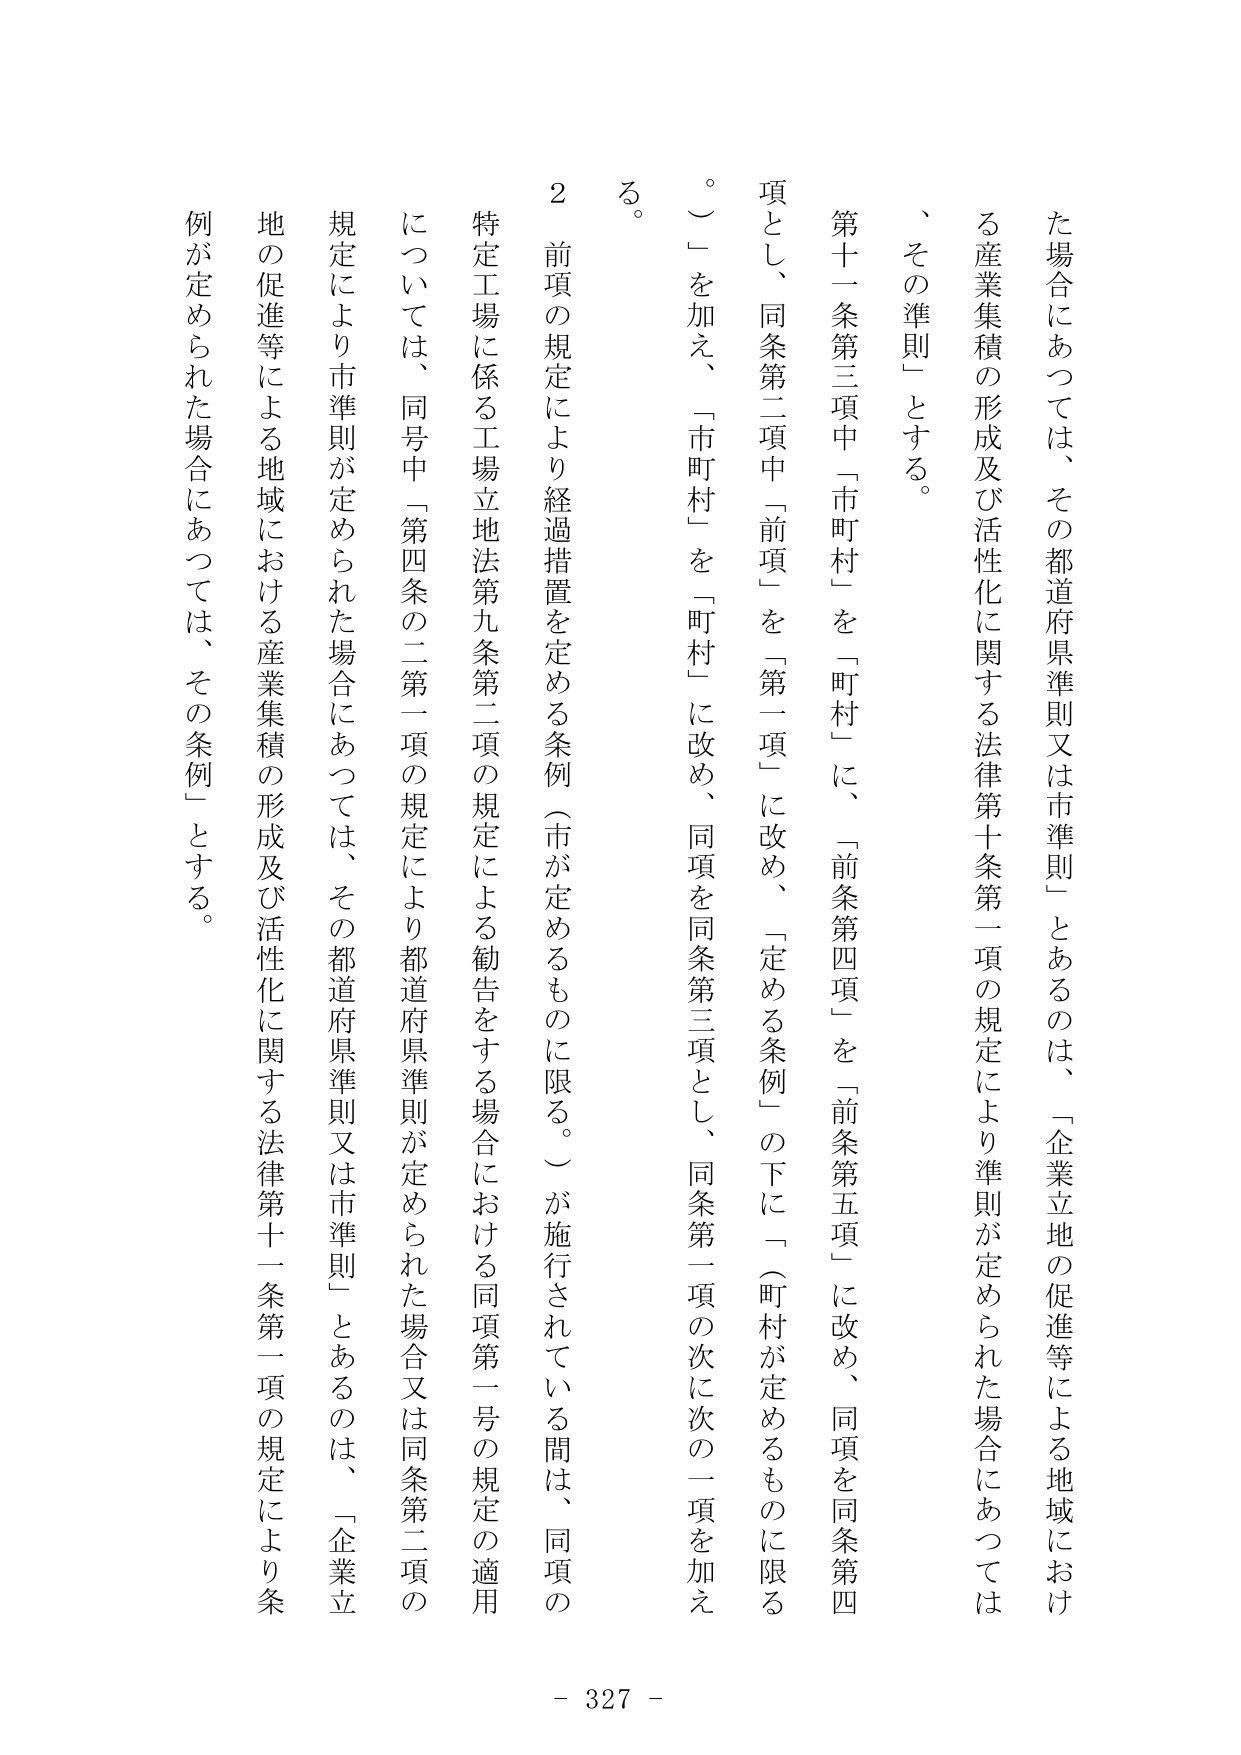
た場合にあつては、その都道府県準則又は市準則」とあるのは、「企業立地の促進等による地域におけ
る産業集積の形成及び活性化に関する法律第十条第一項の規定により準則が定められた場合にあつては
、その準則」とする。
第十一条第三項中「市町村」を「町村」に、「前条第四項」を「前条第五項」に改め、同項を同条第四
項とし、同条第二項中「前項」を「第一項」に改め、「定める条例」の下に「（町村が定めるものに限る
。）」を加え、「市町村」を「町村」に改め、同項を同条第三項とし、同条第一項の次に次の一項を加え
る。
２ 前項の規定により経過措置を定める条例（市が定めるものに限る。）が施行されている間は、同項の
特定工場に係る工場立地法第九条第二項の規定による勧告をする場合における同項第一号の規定の適用
については、同号中「第四条の二第一項の規定により都道府県準則が定められた場合又は同条第二項の
規定により市準則が定められた場合にあつては、その都道府県準則又は市準則」とあるのは、「企業立
地の促進等による地域における産業集積の形成及び活性化に関する法律第十一条第一項の規定により条
例が定められた場合にあつては、その条例」とする。
- 327 -